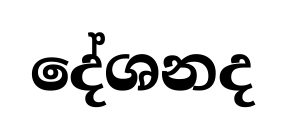
දේශනද